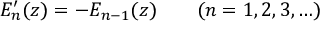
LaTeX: E _ { n } ^ { \prime } ( z ) = - E _ { n - 1 } ( z ) \qquad ( n = 1 , 2 , 3 , \ldots )